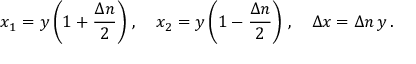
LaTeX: x _ { 1 } = y \left( 1 + \frac { \Delta n } { 2 } \right) \, , \quad x _ { 2 } = y \left( 1 - \frac { \Delta n } { 2 } \right) \, , \quad \Delta x = \Delta n \, y \, .